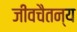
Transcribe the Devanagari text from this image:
जीवचैतन्य